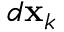
d { \bf x } _ { k }